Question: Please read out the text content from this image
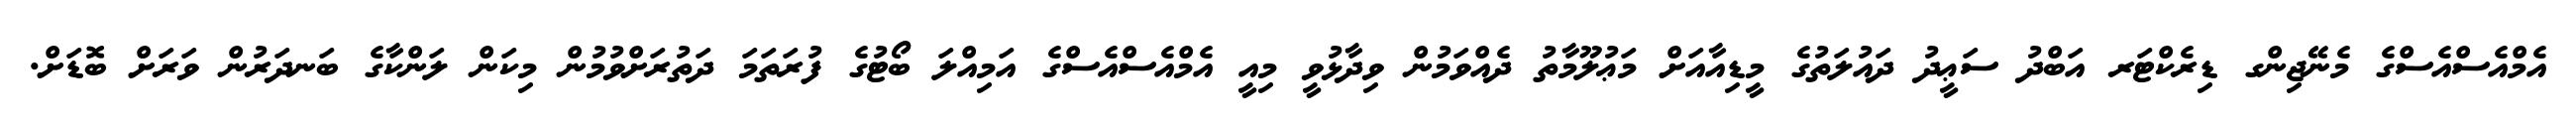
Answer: އެމްއެސްއެސްގެ މެނޭޖިންގ ޑިރެކްޓަރ އަބްދު ސަޢީދު ދައުލަތުގެ މީޑިއާއަށް މަޢުލޫމާތު ދެއްވަމުން ވިދާޅުވީ މިއީ އެމްއެސްއެސްގެ އަމިއްލަ ބޯޓުގެ ފުރަތަމަ ދަތުރަށްވުމުން މިކަން ލަންކާގެ ބަނދަރުން ވަރަށް ބޮޑަށް.